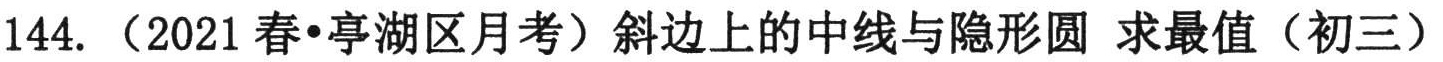
144. （2021春•亭湖区月考）斜边上的中线与隐形圆 求最值（初三）